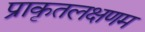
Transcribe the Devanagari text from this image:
प्राकृतलक्षणम